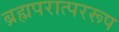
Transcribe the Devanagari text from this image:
ब्रह्मपरात्पररूप